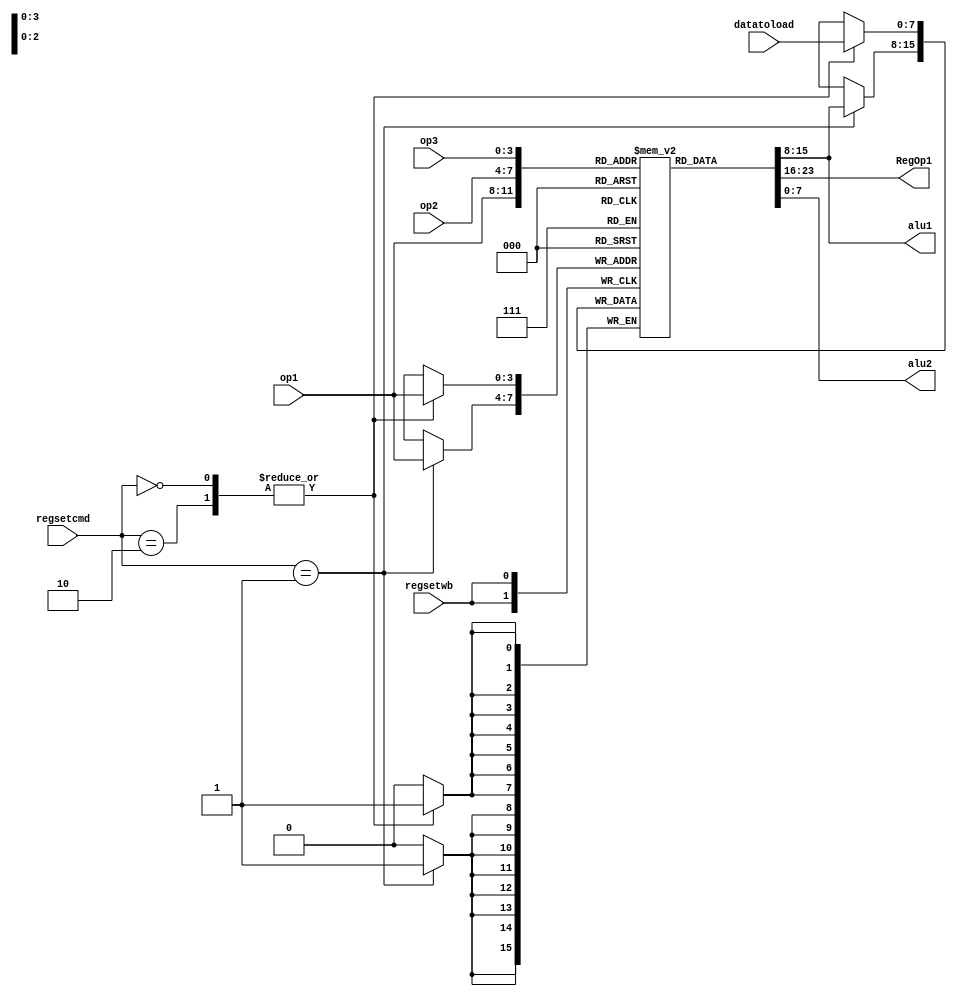
module MCPU_Registerfile(op1, op2, op3, RegOp1, alu1, alu2, datatoload, regsetwb, regsetcmd);
parameter WORD_SIZE=8;
parameter OPERAND_SIZE=4;
parameter REGS_NUMBER_WIDTH=4;
parameter REGISTERS_NUMBER=1<<REGS_NUMBER_WIDTH;

input [OPERAND_SIZE-1:0] op1,op2,op3;
input [WORD_SIZE-1:0] datatoload;

input [1:0] regsetcmd;
input regsetwb;
//REGISTER FILE COMMAND (regsetcmd control bits)
parameter  [1:0]  NORMAL_EX  = 0; //2'b00
parameter  [1:0]  MOV_INTERNAL   = 1; //2'b01
parameter  [1:0]  LOAD_FROM_DATA   = 2; //2'b10
parameter  [1:0]  DO_NOTHING   = 3; //2'b11

//these are always set outputs implemented structurally 
// correspond to translated operands to registers
//operand1 is translated to RegOp1
//operand2 is translated to alu1
//operand3 is translated to alu2
output [WORD_SIZE-1:0] RegOp1;
output [WORD_SIZE-1:0] alu1; // to be the first operand of alu
output [WORD_SIZE-1:0] alu2; // to be the second operand of alu

//this processor has 4 registers
reg [WORD_SIZE-1:0] R[REGISTERS_NUMBER-1:0];
//this processor has 4 registers //aliases
//wire [WORD_SIZE-1:0] r0,r1,r2,r3;


//alias
//assign r0=R[0];
//assign r1=R[1];
//assign r2=R[2];
//assign r3=R[3];


//operands translation to registers
assign RegOp1=R[op1[REGS_NUMBER_WIDTH-1:0]];
assign alu1=R[op2[REGS_NUMBER_WIDTH-1:0]];
assign alu2=R[op3[REGS_NUMBER_WIDTH-1:0]];



//whenever this unit needs to act - this signal is asserted at WB from the control unit
always @(posedge regsetwb)
begin
  #1    
  case(regsetcmd)
  NORMAL_EX,LOAD_FROM_DATA:
  begin
    R[op1[REGS_NUMBER_WIDTH-1:0]]<=datatoload;
  end
  MOV_INTERNAL:
  begin
    R[op1[REGS_NUMBER_WIDTH-1:0]]<=R[op2[REGS_NUMBER_WIDTH-1:0]];
  end
  default:
  begin
    
  end
  endcase
end
endmodule